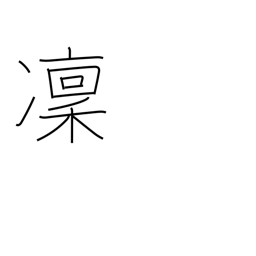
Meaning: cold